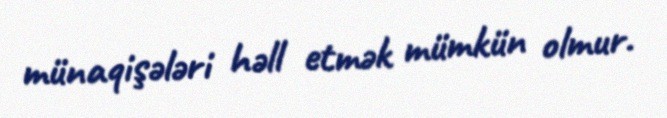
münaqişələri həll etmək mümkün olmur.